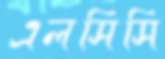
এলসিসি